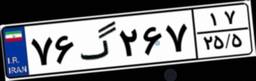
۲۸گ۳۸۰۸۹